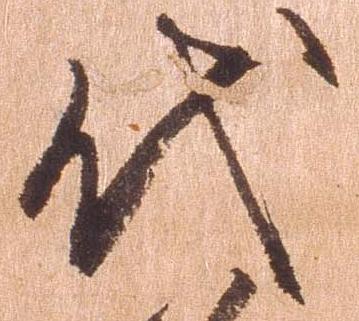
代